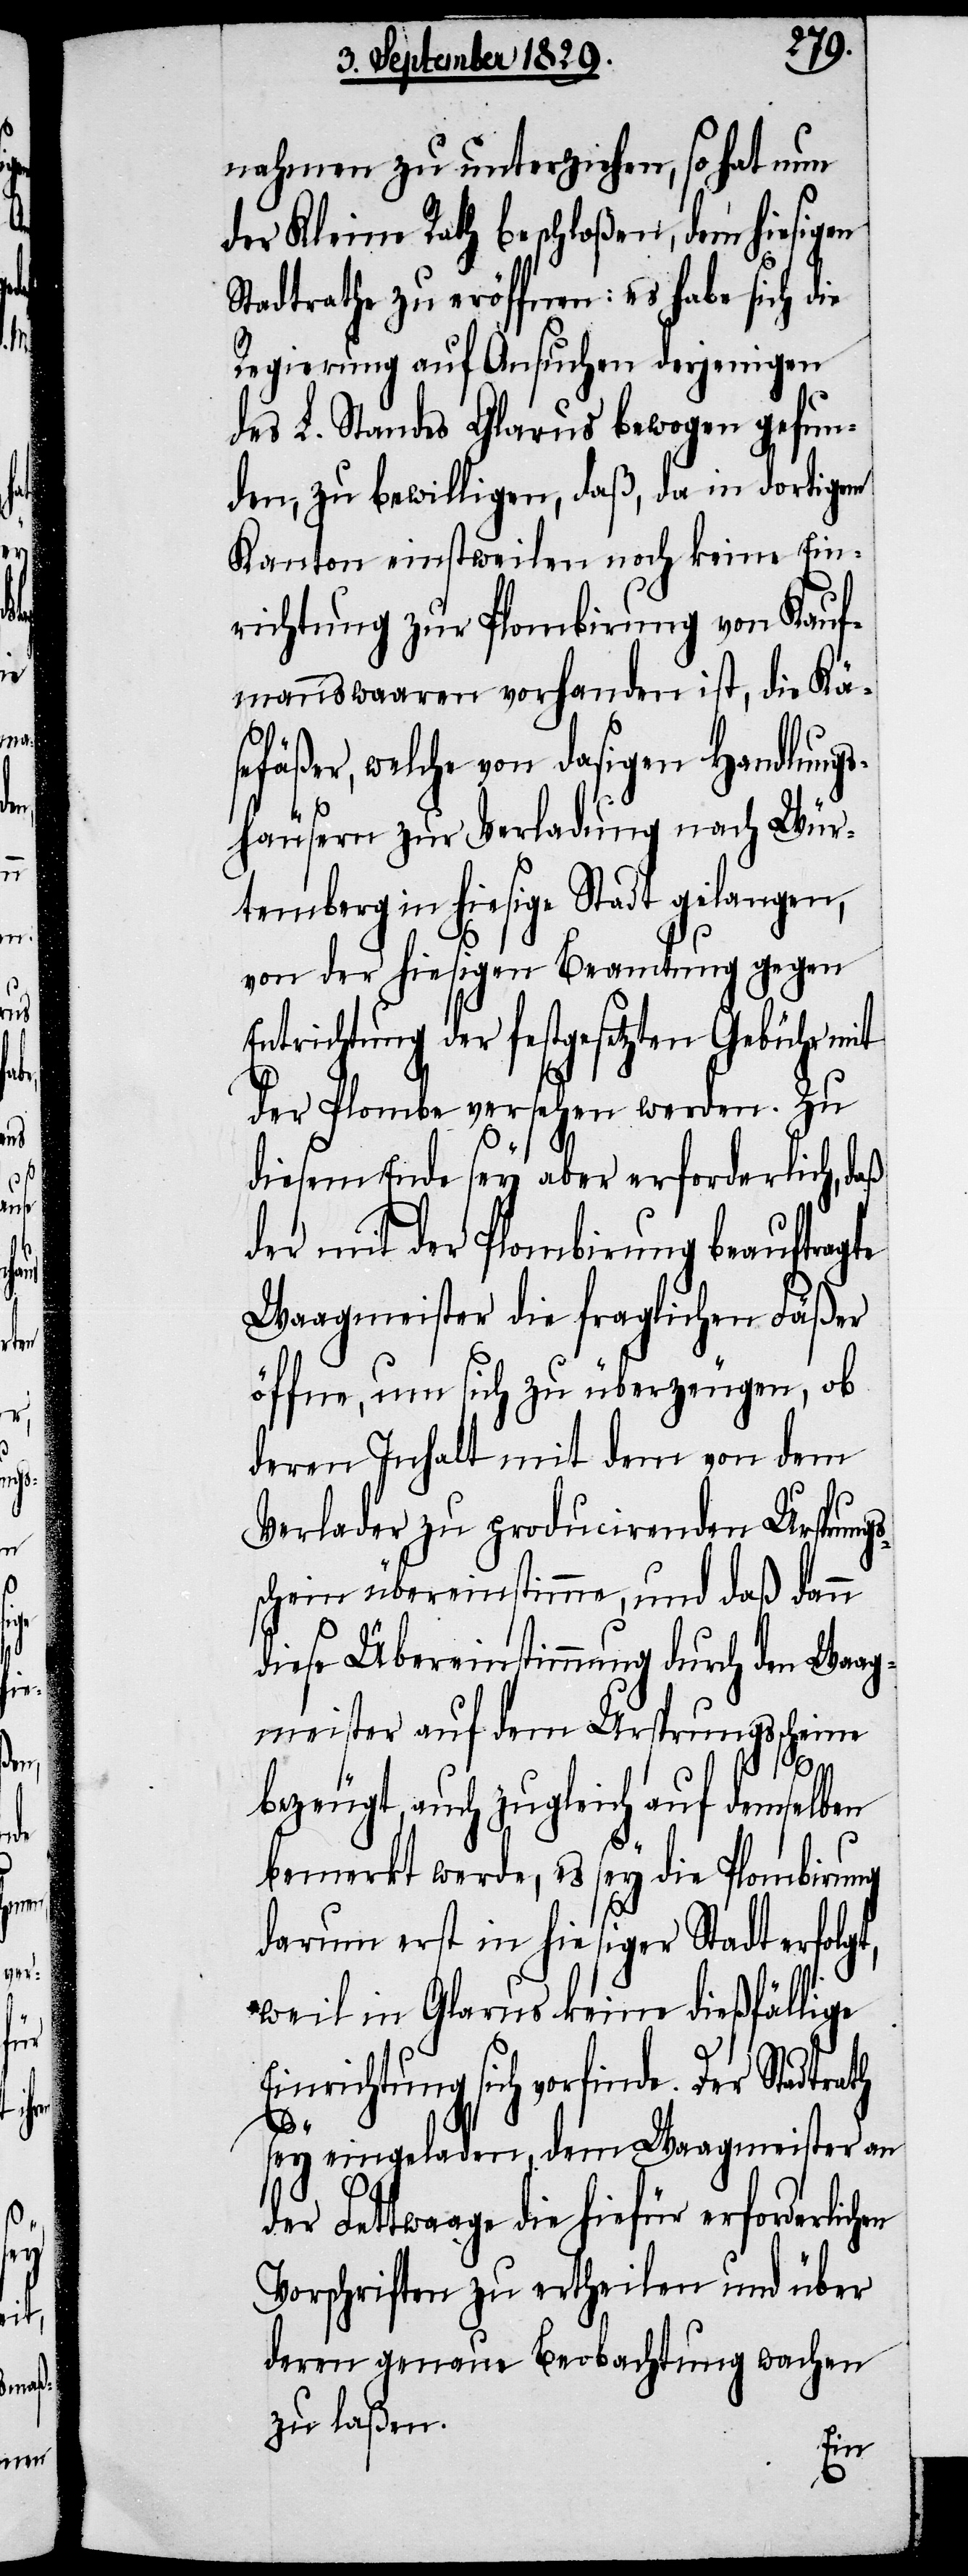
d¬

nahmen zu unterziehen, so hat nun
der Kleine Rath beschloßen, dem hiesigen
Stadtrathe zu eröffnen: es habe sich die
Regierung auf Ansuchen derjenigen
des L. Standes Glarus bewogen gefun¬
den, zu bewilligen, daß, da in dortigem
Kanton einstweilen noch keine Ein¬
richtung zur Plombirung von Kauf¬
mannswaaren vorhanden ist, die Kä¬
sefäßer, welche von dasigen Handlungs¬
häusern zur Verladung nach Wür¬
temberg in hiesige Stadt gelangen,
von der hiesigen Beamtung gegen
trichtung der festgesetzten Gebühr mit
der Plombe versehen werden. Zu
diesem Ende sey aber erforderlich, daß
der mit der Plombirung beauftragte
Waagmeister die fraglichen Fäßer
öffne, um sich zu überzeugen, ob
deren Inhalt mit dem von dem
Verlader zu producirenden Ursprungs¬
schein übereinstimme, und daß dann
diese Übereinstimmung durch den Waag¬
meister auf dem Ursprungsscheine
bezeugt, auch zugleich auf demselben
bemerkt werde, es sey die Plombirung
darum erst in hiesiger Stadt erfolgt,
weil in Glarus keine dießfällige
Einrichtung sich vorfinde. Der Stadtrath
sey eingeladen, dem Waagmeister an
er Fettwaage die hiefür erforderlic¬
Vorschriften zu ertheilen und über
deren genaue Beobachtung wachen
zu laßen.
hen